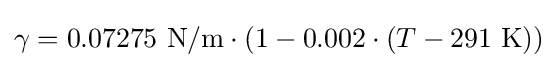
\gamma =0.07275\ \mathrm {N/m} \cdot (1-0.002\cdot (T-291\ \mathrm {K} ))